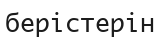
берістерін